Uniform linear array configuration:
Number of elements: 8
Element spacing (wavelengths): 0.75
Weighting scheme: binomial
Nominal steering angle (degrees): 30
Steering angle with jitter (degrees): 31.111
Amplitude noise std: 0.05
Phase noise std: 0.05

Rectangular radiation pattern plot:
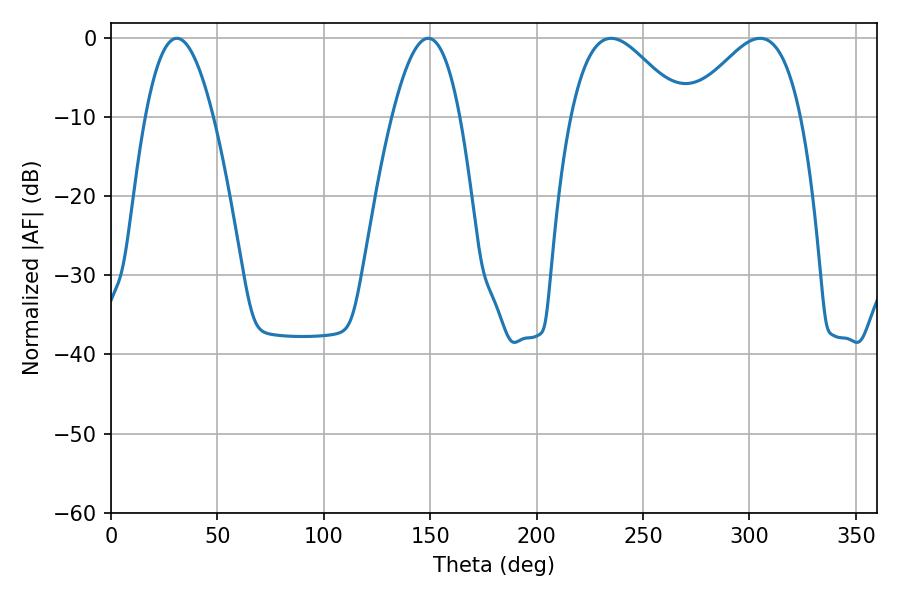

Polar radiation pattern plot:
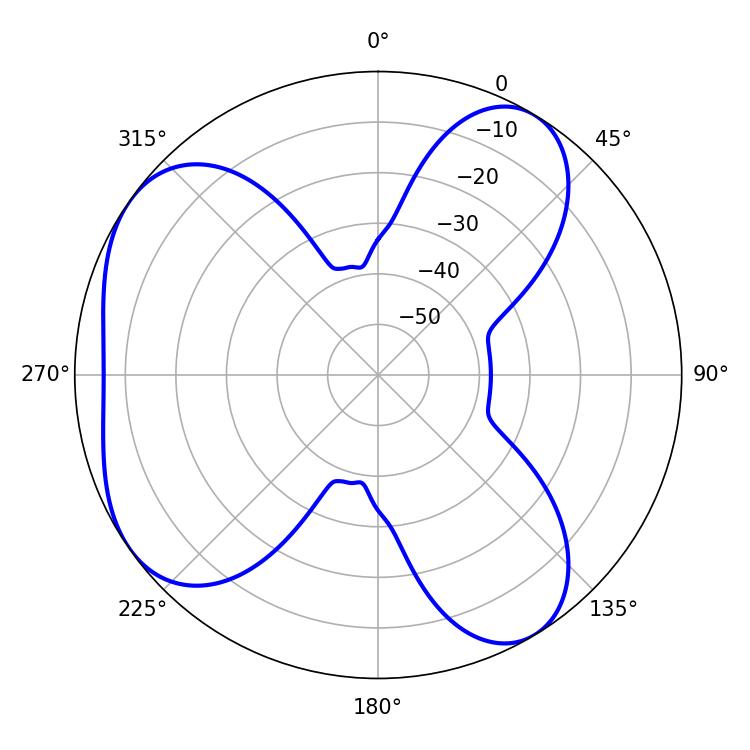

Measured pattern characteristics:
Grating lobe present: TRUE
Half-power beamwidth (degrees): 17.46
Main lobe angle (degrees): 30.96